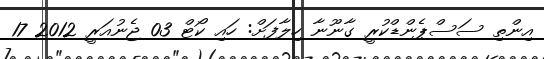
އިންތި ސަސްޕެންޑްކުރީ ގާނޫނާ ހިލާފަށް: ހައި ކޯޓް 03 ޖެނުއަރީ 2012 17